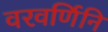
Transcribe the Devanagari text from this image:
वरवर्णिनि